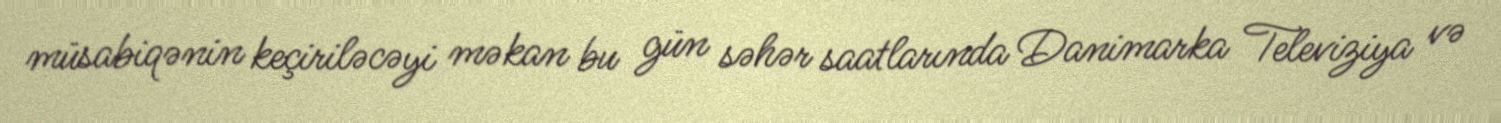
müsabiqənin keçiriləcəyi məkan bu gün səhər saatlarında Danimarka Televiziya və